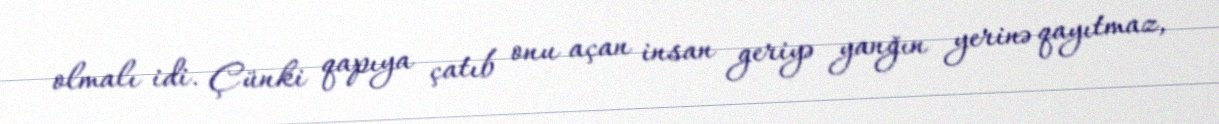
olmalı idi. Çünki qapıya çatıb onu açan insan geriyə yanğın yerinə qayıtmaz,